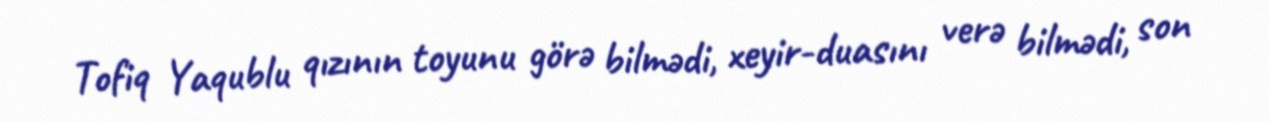
Tofiq Yaqublu qızının toyunu görə bilmədi, xeyir-duasını verə bilmədi, son